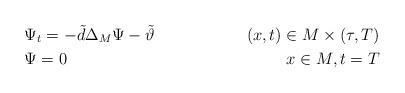
LaTeX: \begin{align*}&\Psi_t =-\tilde d\Delta_M \Psi-\tilde\vartheta & (x,t)\in M\times (\tau,T)\\ &\Psi = 0 & x\in M , t=T\end{align*}